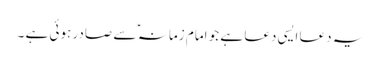
یہ دعا ایسی دعا ہے جو امام زمانہ ؑ سے صادر ہوئی ہے ۔